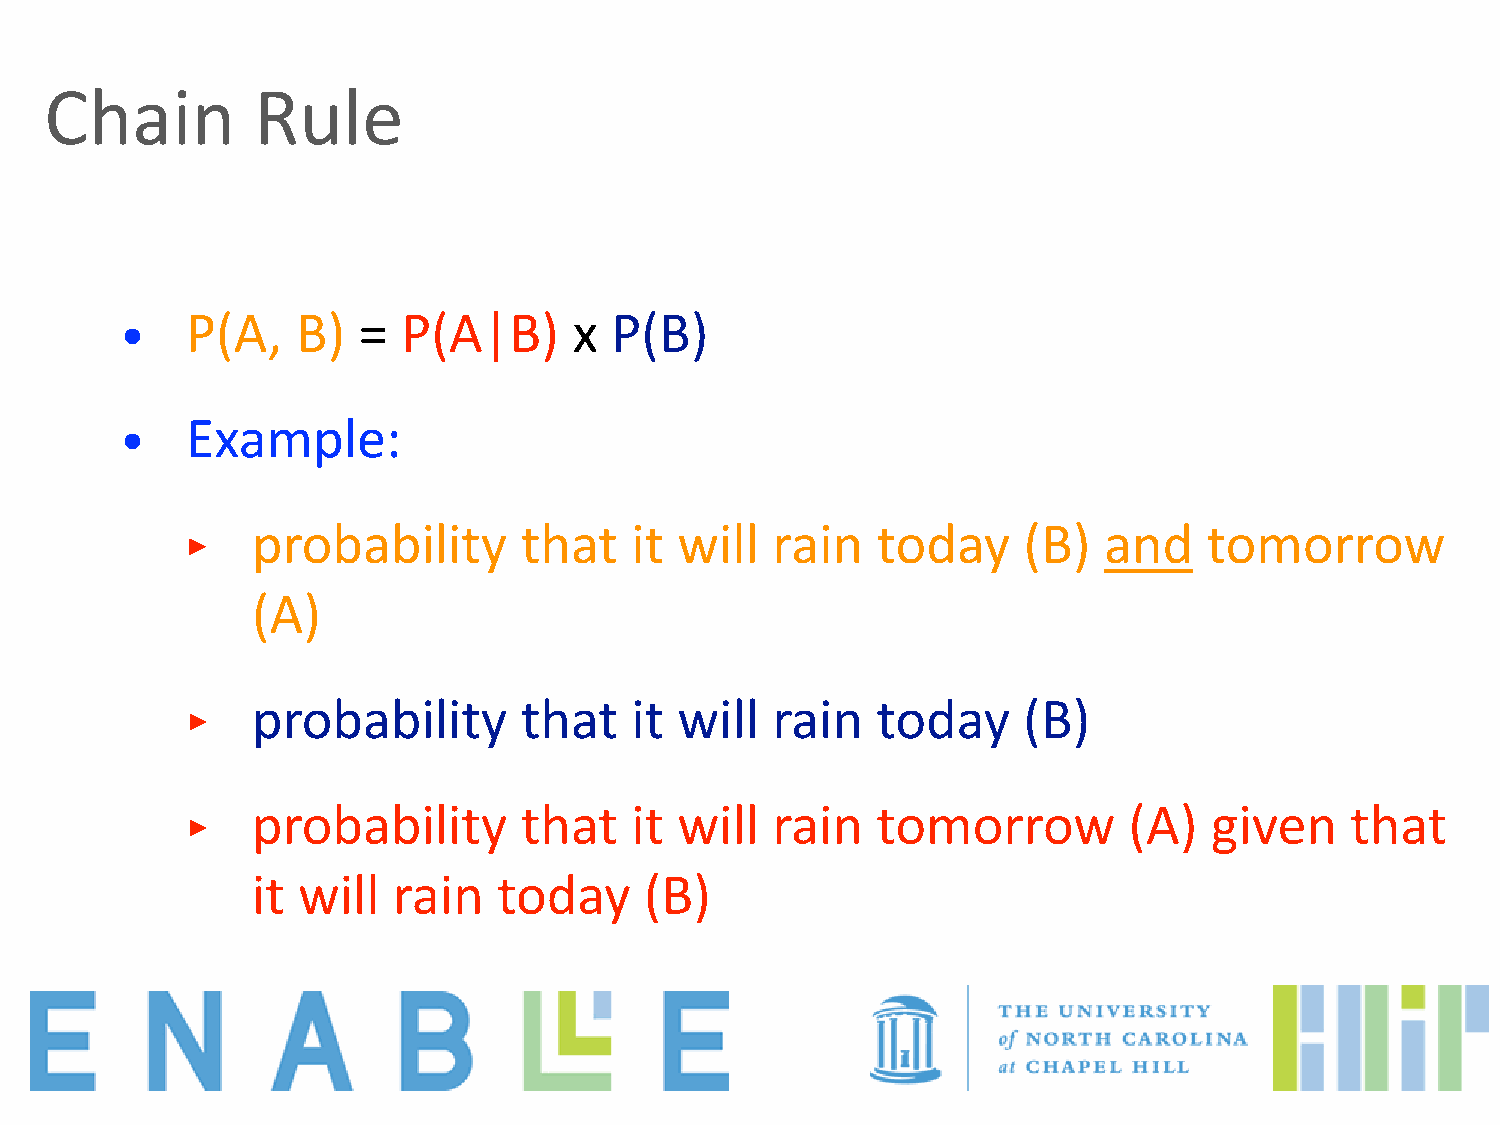
Chain         Rule
 •   P(A,    B)  =  P(A|B)     x P(B)
 •   Example:
 ‣    probability      that    it will  rain   today     (B)  and    tomorrow
 (A)
 ‣    probability      that    it will  rain   today     (B)
 ‣    probability      that    it will  rain   tomorrow         (A)  given    that
 it will  rain   today     (B)